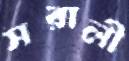
সরালী